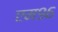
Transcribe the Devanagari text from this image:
एम९६